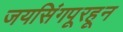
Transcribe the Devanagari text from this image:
जयसिंगपूरहून